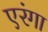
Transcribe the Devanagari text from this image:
एरंगा